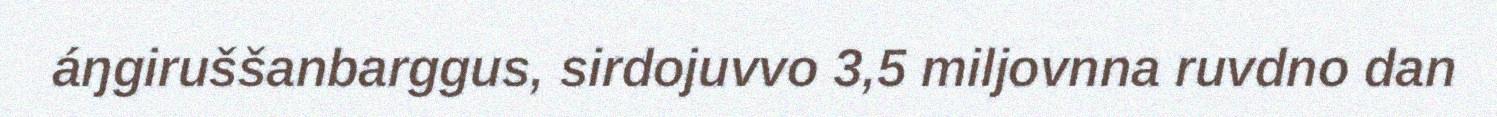
áŋgiruššanbarggus, sirdojuvvo 3,5 miljovnna ruvdno dan